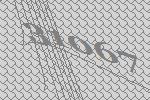
31067